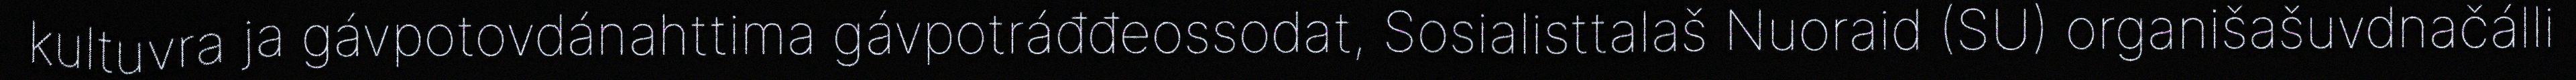
kultuvra ja gávpotovdánahttima gávpotráđđeossodat, Sosialisttalaš Nuoraid (SU) organišašuvdnačálli